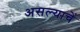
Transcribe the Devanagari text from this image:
असल्याचें